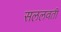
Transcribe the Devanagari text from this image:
सललवती